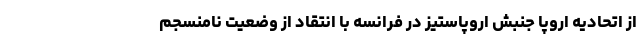
از اتحادیه اروپا جنبش اروپاستیز در فرانسه با انتقاد از وضعیت نامنسجم